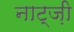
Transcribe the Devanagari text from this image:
नाट्ज़ी